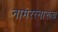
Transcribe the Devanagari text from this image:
नामरत्नारूय